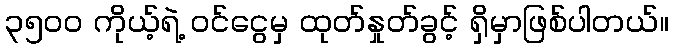
၃၅၀၀ ကိုယ့်ရဲ့ ဝင်ငွေမှ ထုတ်နှုတ်ခွင့် ရှိမှာဖြစ်ပါတယ်။